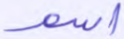
اسم